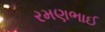
રમણભાઈ